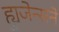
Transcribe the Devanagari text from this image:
ह्युजेन्सने